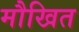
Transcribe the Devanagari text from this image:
मौखित